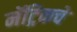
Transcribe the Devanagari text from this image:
मॅट्रिकचे